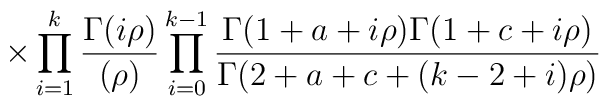
\hspace{10mm}\times\prod_{i = 1}^{k}\frac{\Gamma( i\rho )}{(\rho)}\prod_{i =0}^{k - 1}\frac{\Gamma(1 + a + i\rho)\Gamma(1 + c + i\rho)}{\Gamma(2 + a + c +(k - 2 + i)\rho)}